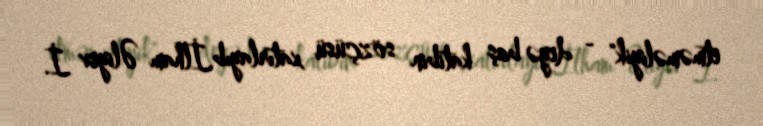
etməməliyik" - deyə baş katibin sözçüsü xatırlayıb.İlham Əliyev İ.